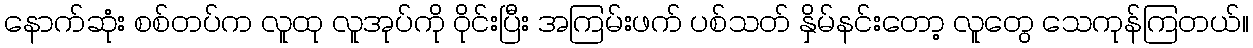
နောက်ဆုံး စစ်တပ်က လူထု လူအုပ်ကို ဝိုင်းပြီး အကြမ်းဖက် ပစ်သတ် နှိမ်နင်းတော့ လူတွေ သေကုန်ကြတယ်။